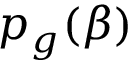
p _ { g } ( \beta )